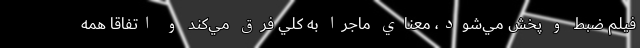
فيلم ضبط و پخش مي‌شود، معناي ماجرا به كلي فرق مي‌‌كند و اتفاقا همه